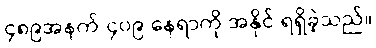
၄၈၉အနက် ၄၀၉ နေရာကို အနိုင် ရရှိခဲ့သည်။